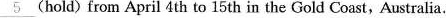
\underline{ 5 } ( hold ) from April 4th to 15 th in the Gold Coast, Australia.